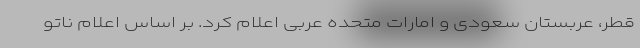
قطر، عربستان سعودی و امارات متحده عربی اعلام کرد. بر اساس اعلام ناتو